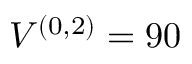
V ^ { ( 0 , 2 ) } = 9 0 \